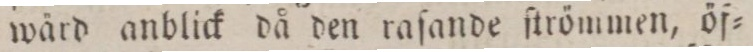
wärd anblick då den raſande ſtrömmen, öf=